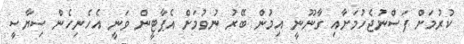
ކުރުމަށް ފަސްނުޖެހުމަށާއި ގާނޫނީ އިމުން ބޭރު ނުވުމަށް އެޕާޓީން ވަނީ އެހެނިހެން ސިޔާސީ